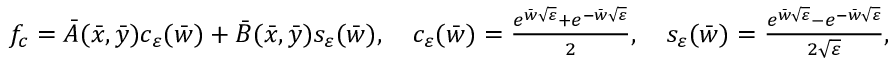
\begin{array} { r } { f _ { c } = \bar { A } ( \bar { x } , \bar { y } ) c _ { \varepsilon } ( \bar { w } ) + \bar { B } ( \bar { x } , \bar { y } ) s _ { \varepsilon } ( \bar { w } ) , \quad c _ { \varepsilon } ( \bar { w } ) = \frac { e ^ { \bar { w } \sqrt { \varepsilon } } + e ^ { - \bar { w } \sqrt { \varepsilon } } } { 2 } , \quad s _ { \varepsilon } ( \bar { w } ) = \frac { e ^ { \bar { w } \sqrt { \varepsilon } } - e ^ { - \bar { w } \sqrt { \varepsilon } } } { 2 \sqrt { \varepsilon } } , } \end{array}